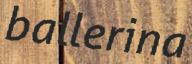
ballerina